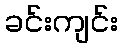
ခင်းကျင်း